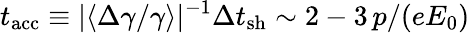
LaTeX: t_{\mathrm{acc}}\equiv\vert\langle\Delta\gamma/\gamma\rangle\vert^{-1}\Delta t_{\mathrm{sh}}\sim 2-3\, p/(eE_{0})